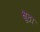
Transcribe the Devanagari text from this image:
क्षुद्रा